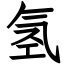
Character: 氢